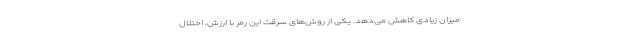
میزان زیادی کاهش می‌دهد. یکی از روش‌های سرقت این رمز با ارزش، اختلال